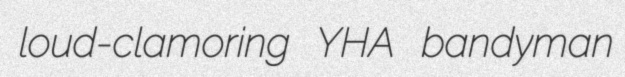
loud-clamoring YHA bandyman